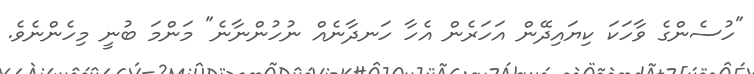
"ހުސެންގެ ވާހަކަ ކިޔައިދޭން އަހަރެން އެހާ ހަނދާނެއް ނުހުންނާނެ" މަންމަ ބުނީ މިހެންނެވެ.